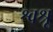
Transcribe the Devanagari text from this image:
श्वश्रू